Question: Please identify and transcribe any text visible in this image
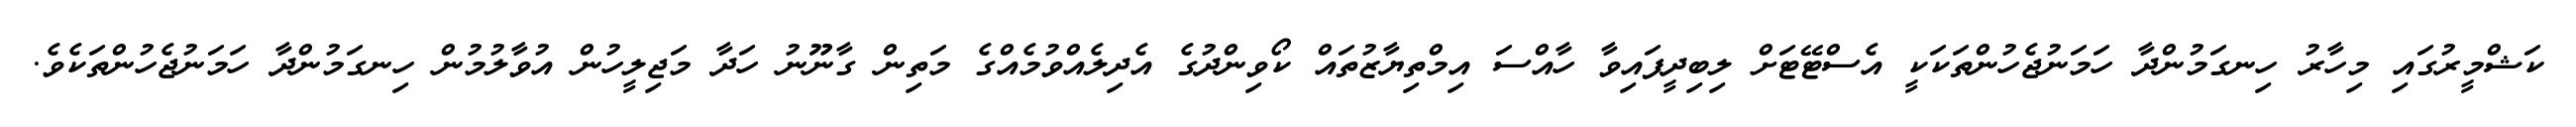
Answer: ކަޝްމީރުގައި މިހާރު ހިނގަމުންދާ ހަމަނުޖެހުންތަކަކީ އެސްޓޭޓަށް ލިބިދީފައިވާ ހާއްސަ އިމްތިޔާޒުތައް ކޯވިންދުގެ އެދިލެއްވުމެއްގެ މަތިން ގާނޫނު ހަދާ މަޖިލީހުން އުވާލުމުން ހިނގަމުންދާ ހަމަނުޖެހުންތަކެވެ.